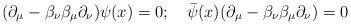
LaTeX: \begin{align*}(\partial_\mu - \beta_\nu \beta_\mu \partial_\nu) \psi(x) = 0; \quad{\bar \psi}(x) (\partial_\mu - \beta_\nu \beta_\mu \partial_\nu) = 0\end{align*}